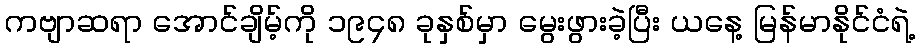
ကဗျာဆရာ အောင်ချိမ့်ကို ၁၉၄၈ ခုနှစ်မှာ မွေးဖွားခဲ့ပြီး ယနေ့ မြန်မာနိုင်ငံရဲ့